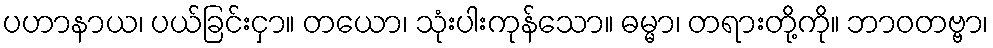
ပဟာနာယ၊ ပယ်ခြင်းငှာ။ တယော၊ သုံးပါးကုန်သော။ ဓမ္မာ၊ တရားတို့ကို။ ဘာဝတဗ္ဗာ၊